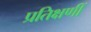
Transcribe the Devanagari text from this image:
प्रतिक्षणीं